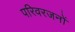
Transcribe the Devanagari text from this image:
परिवरजनों